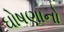
ઘોષણાનો